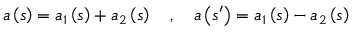
\begin{array} { r } { a \left( s \right) = a _ { 1 } \left( s \right) + a _ { 2 } \left( s \right) \quad , \quad a \left( s ^ { \prime } \right) = a _ { 1 } \left( s \right) - a _ { 2 } \left( s \right) } \end{array}